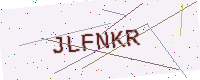
Text: JLFNKR